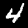
Digit: 4